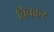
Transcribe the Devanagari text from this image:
चिंचकर